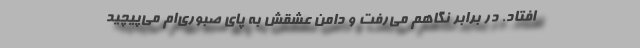
افتاد. در برابر نگاهم می‌رفت و دامن عشقش به پای صبوری‌ام می‌پیچید